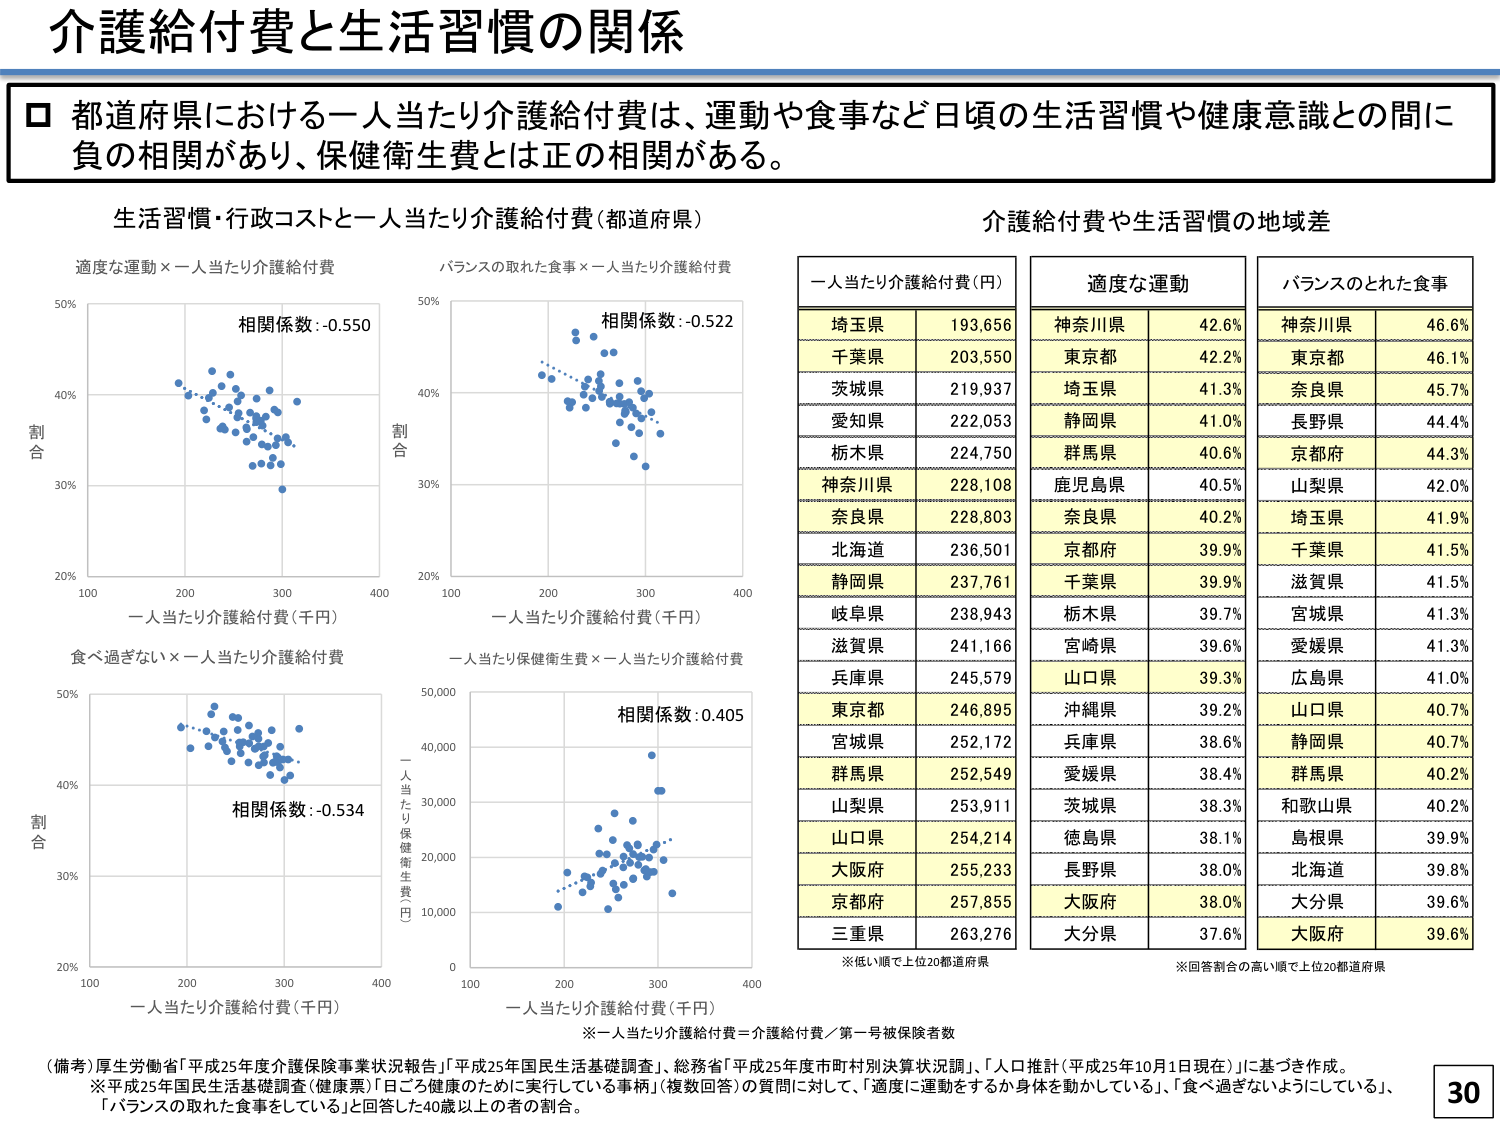
介護給付費と生活習慣の関係

□ 都道府県における一人当たり介護給付費は、運動や食事など日頃の生活習慣や健康意識との間に負の相関があり、保健衛生費とは正の相関がある。

生活習慣・行政コストと一人当たり介護給付費（都道府県）

適度な運動×一人当たり介護給付費
相関係数：-0.550
割合
50%
40%
30%
20%
100 200 300 400
一人当たり介護給付費（千円）

バランスの取れた食事×一人当たり介護給付費
相関係数：-0.522
割合
50%
40%
30%
20%
100 200 300 400
一人当たり介護給付費（千円）

食べ過ぎない×一人当たり介護給付費
相関係数：-0.534
割合
50%
40%
30%
20%
100 200 300 400
一人当たり介護給付費（千円）

一人当たり保健衛生費×一人当たり介護給付費
相関係数：0.405
一人当たり保健衛生費（円）
50,000
40,000
30,000
20,000
10,000
0
100 200 300 400
一人当たり介護給付費（千円）

介護給付費や生活習慣の地域差

一人当たり介護給付費（円）
埼玉県 193,656
千葉県 203,550
茨城県 219,937
愛知県 222,053
栃木県 224,750
神奈川県 228,108
奈良県 228,803
北海道 236,501
静岡県 237,761
岐阜県 238,943
滋賀県 241,166
兵庫県 245,579
東京都 246,895
宮城県 252,172
群馬県 252,549
山梨県 253,911
山口県 254,214
大阪府 255,233
京都府 257,855
三重県 263,276
※低い順で上位20都道府県

適度な運動
神奈川県 42.6%
東京都 42.2%
埼玉県 41.3%
静岡県 41.0%
群馬県 40.6%
鹿児島県 40.5%
奈良県 40.2%
京都府 39.9%
千葉県 39.9%
栃木県 39.7%
宮崎県 39.6%
山口県 39.3%
沖縄県 39.2%
兵庫県 38.6%
愛媛県 38.4%
茨城県 38.3%
徳島県 38.1%
長野県 38.0%
大阪府 38.0%
大分県 37.6%
※回答割合の高い順で上位20都道府県

バランスのとれた食事
神奈川県 46.6%
東京都 46.1%
奈良県 45.7%
長野県 44.4%
京都府 44.3%
山梨県 42.0%
埼玉県 41.9%
千葉県 41.5%
滋賀県 41.5%
宮城県 41.3%
愛媛県 41.3%
広島県 41.0%
山口県 40.7%
静岡県 40.7%
群馬県 40.2%
和歌山県 40.2%
島根県 39.9%
北海道 39.8%
大分県 39.6%
大阪府 39.6%
※回答割合の高い順で上位20都道府県

※一人当たり介護給付費＝介護給付費／第一号被保険者数

（備考）厚生労働省「平成25年度介護保険事業状況報告」、「平成25年国民生活基礎調査」、総務省「平成25年度市町村別決算状況調」、「人口推計（平成25年10月1日現在）」に基づき作成。
※平成25年国民生活基礎調査（健康票）「日ごろ健康のために実行している事柄」（複数回答）の質問に対して、「適度に運動をするか身体を動かしている」、「食べ過ぎないようにしている」、「バランスの取れた食事をしている」と回答した40歳以上の方の割合。

30